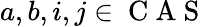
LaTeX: a,b,i,j\in\mathrm{~C~A~S~}